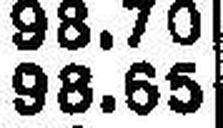
98.65